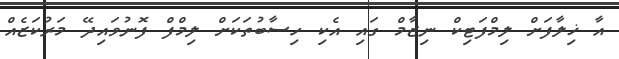
އާ ޚިލާފަށް ލިމްފަޓިކް ނިޒާމް ގައި އެކި ހިސާބުތަކަށް ލިމްފް ފޮނުވައިދޭ މަރުކަޒެއް